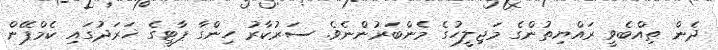
ދެން ތިއްބެވީ ރައްޔިތުންގެ މަޖިލީހުގެ މެންބަރުންނެވެ. ސަރުކާރު ހިންގާ ޕާޓީގެ ޚަރަދުގައި ކެމްޕޭން